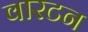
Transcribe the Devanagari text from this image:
वारटन